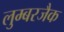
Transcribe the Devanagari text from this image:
लुम्बरजैक